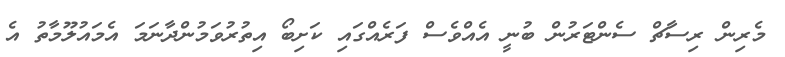
މެރިން ރިސާޗް ސެންޓަރުންް ބުނީ އެއްވެސް ފަރެއްގައި ކަށިބޯ އިތުރުވަމުންދާނަމަ އެމައުލޫމާތު އެ